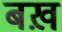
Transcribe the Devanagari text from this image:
बख़